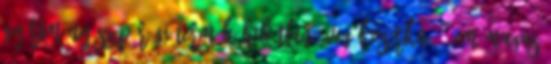
GYÁRTMÁNY SZÉP RÉGI TERMÉK.HIBÁTLAN ÜVEG KOSÁRKA 19 CM MAGAS